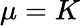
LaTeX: \mu=K